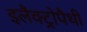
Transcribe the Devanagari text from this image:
इलैक्ट्रोपैथी